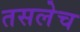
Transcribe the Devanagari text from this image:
तसलेच